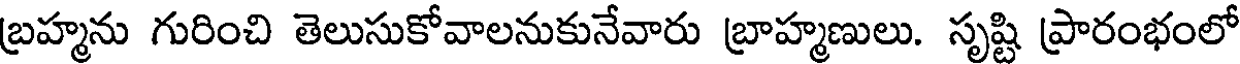
బ్రహ్మను గురించి తెలుసుకోవాలనుకునేవారు బ్రాహ్మణులు. సృష్టి ప్రారంభంలో